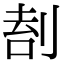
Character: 𠝛